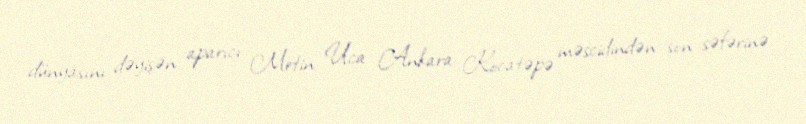
dünyasını dəyişən aparıcı Metin Uca Ankara Kocatəpə məscidindən son səfərinə